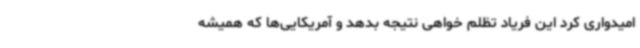
امیدواری کرد این فریاد تظلم خواهی نتیجه بدهد و آمریکایی‌ها که همیشه